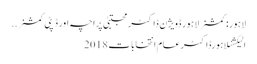
لاہور: کمشنر لاہور ڈویژن ڈاکٹر مجتبیٰ پراچہ اور ڈپٹی کمشنر ..
الیکشنلاہورڈاکٹرعام انتخابات 2018